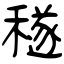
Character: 穟